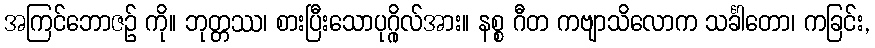
အကြင်ဘောဇဉ် ကို။ ဘုတ္တဿ၊ စားပြီးသောပုဂ္ဂိုလ်အား။ နစ္စ ဂီတ ကဗျာသိလောက သင်္ခါတော၊ ကခြင်း,